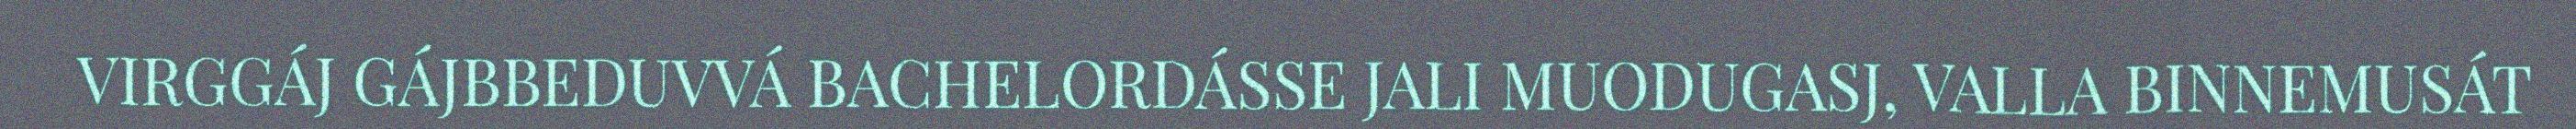
VIRGGÁJ GÁJBBEDUVVÁ BACHELORDÁSSE JALI MUODUGASJ, VALLA BINNEMUSÁT